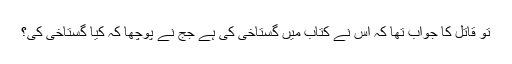
تو قاتل کا جواب تھا کہ اس نے کتاب میں گستاخی کی ہے جج نے پوچھا کہ کیا گستاخی کی؟